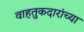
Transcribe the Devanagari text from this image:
वाहतुकदारांच्या